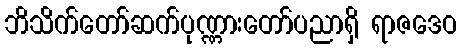
ဘိသိက်တော်ဆက်ပုဏ္ဏားတော်ပညာရှိ ရာဇဒေဝ